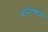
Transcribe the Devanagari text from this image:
बोटमध्ये